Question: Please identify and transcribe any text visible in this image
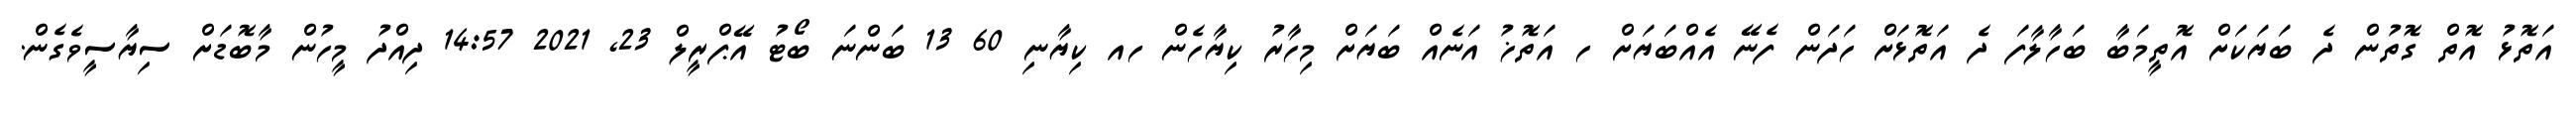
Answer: އަތޮޅު އޮތް ގޮތުން ދެ ބަޔަކަށް އޮތީމަބާ ބަހާލާފަ ދެ އަތޮޅަށް ހަދަން ފެނޭ އެއްބަޔަށް ހ އަތޮޚު އަނެއް ބަޔަށް މިހާރު ކިޔާހެން ހއ ކިޔާނި 60 13 ބަންނަ ބޯޓު އޭޕްރީލް 23, 2021 14:57 ދިއްދު މީހުން މާބޮޑަށް ސިޔާސީވެގެން.